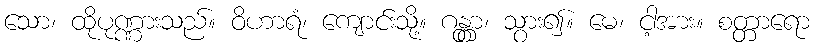
သော၊ ထိုပုဏ္ဏားသည်။ ဝိဟာရံ၊ ကျောင်းသို့။ ဂန္တွာ၊ သွား၍။ မေ၊ ငါ့အား။ စတ္တာရော